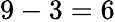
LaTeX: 9-3=6